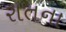
રાતના